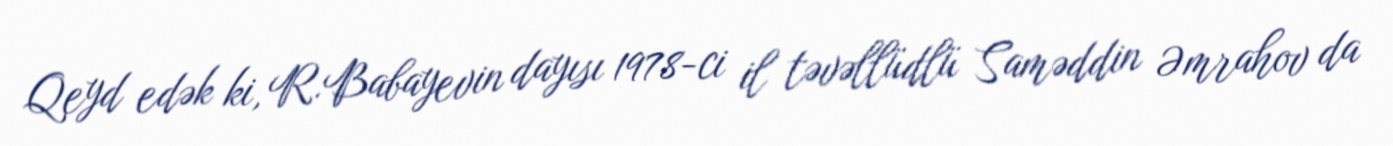
Qeyd edək ki, R.Babayevin dayısı 1978-ci il təvəllüdlü Saməddin Əmrahov da